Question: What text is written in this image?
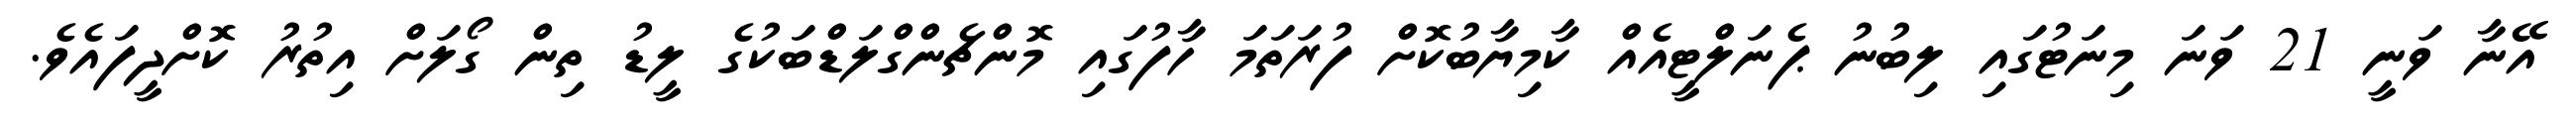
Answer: އޭނާ ވަނީ 21 ވަނަ މިނަޓުގައި ލިބުނު ޕެނަލްޓީއެއް ކާމިޔާބުކޮށް ފުރަތަމަ ހާފުގައި މޮންޗެންގްލަޑްބަކުގެ ލީޑު ތިން ގޯލަށް އިތުރު ކޮށްދީފައެވެ.